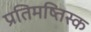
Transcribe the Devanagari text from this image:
प्रतिमष्तिस्क